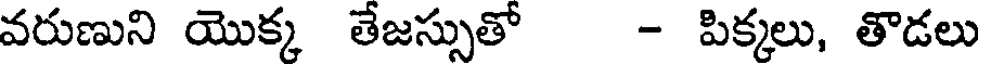
వరుణుని యొక్క తేజస్సుతో - పిక్కలు, తొడలు